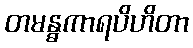
တမန္ဓကာရပိဟိတာ